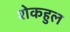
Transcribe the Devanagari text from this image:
शेकहुल